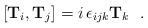
LaTeX: \begin{align*}[\mathbf{T}_i,\mathbf{T}_j] = i \, \epsilon_{ijk} \mathbf{T}_k~~.\end{align*}